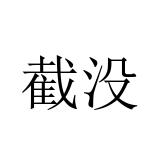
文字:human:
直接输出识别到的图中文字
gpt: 截没